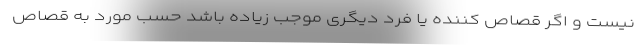
نیست و اگر قصاص کننده یا فرد دیگری موجب زیاده باشد حسب مورد به قصاص